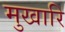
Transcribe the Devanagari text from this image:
मुखारि